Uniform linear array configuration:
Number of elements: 16
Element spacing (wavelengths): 0.75
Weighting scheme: uniform
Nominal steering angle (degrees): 0
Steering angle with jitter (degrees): -1.185
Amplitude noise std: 0.05
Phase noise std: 0.05

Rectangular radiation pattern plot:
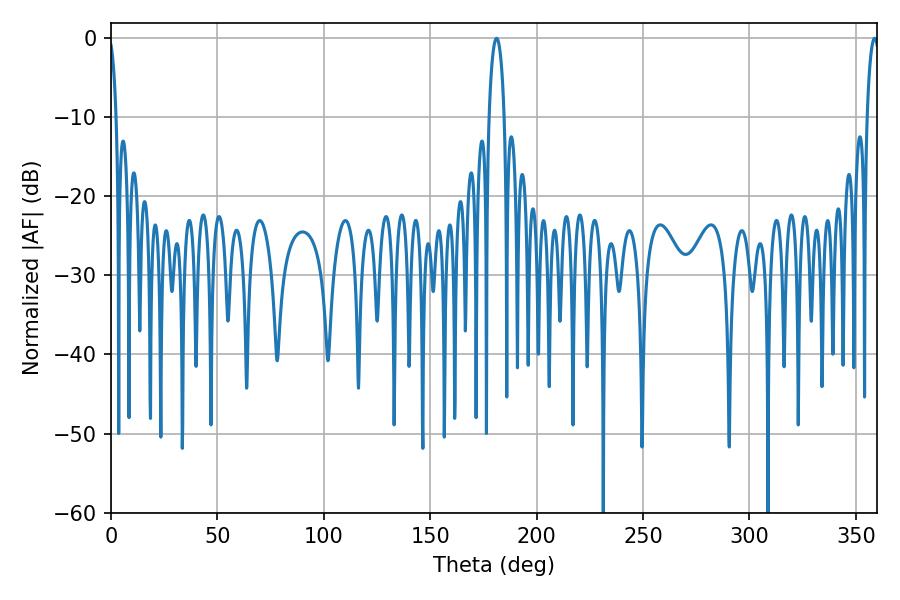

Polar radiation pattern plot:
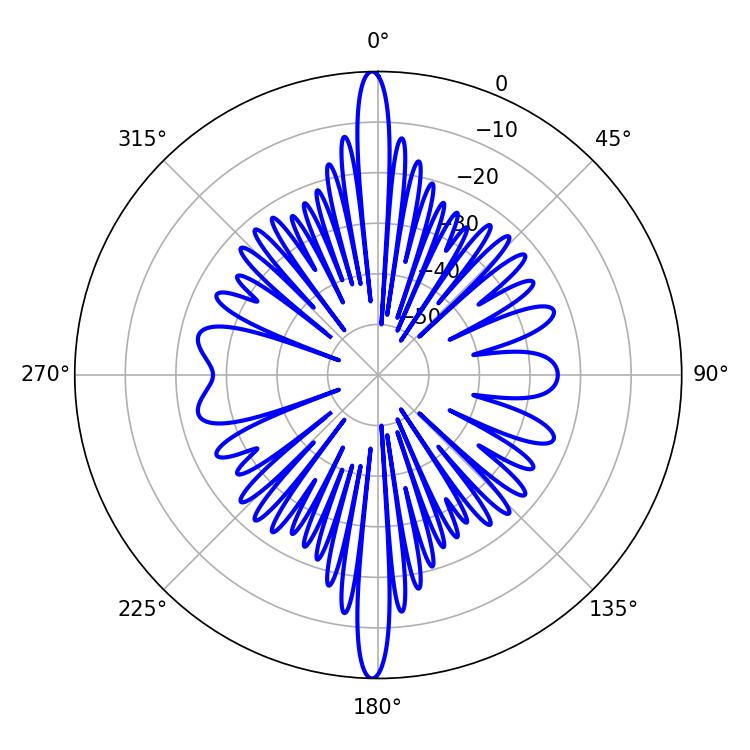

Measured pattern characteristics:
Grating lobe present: TRUE
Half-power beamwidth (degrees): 3.24
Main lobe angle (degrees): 358.74